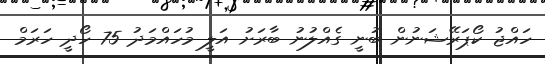
ހައްޖު ކޯޕަރޭޝަނުން ބުނީ ގެއްލުނު ބާރަށު އަލީ މުހައްމަދު 75 ހޯދީ ހަރަމް